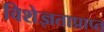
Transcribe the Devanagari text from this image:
विशेज्ञताप्राप्त